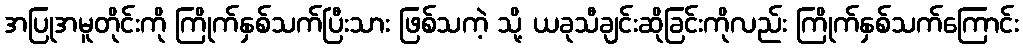
အပြုအမူတိုင်းကို ကြိုက်နှစ်သက်ပြီးသား ဖြစ်သကဲ့ သို့ ယခုသီချင်းဆိုခြင်းကိုလည်း ကြိုက်နှစ်သက်ကြောင်း